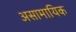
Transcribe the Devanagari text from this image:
असामायिक